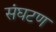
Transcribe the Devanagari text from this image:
संघटण